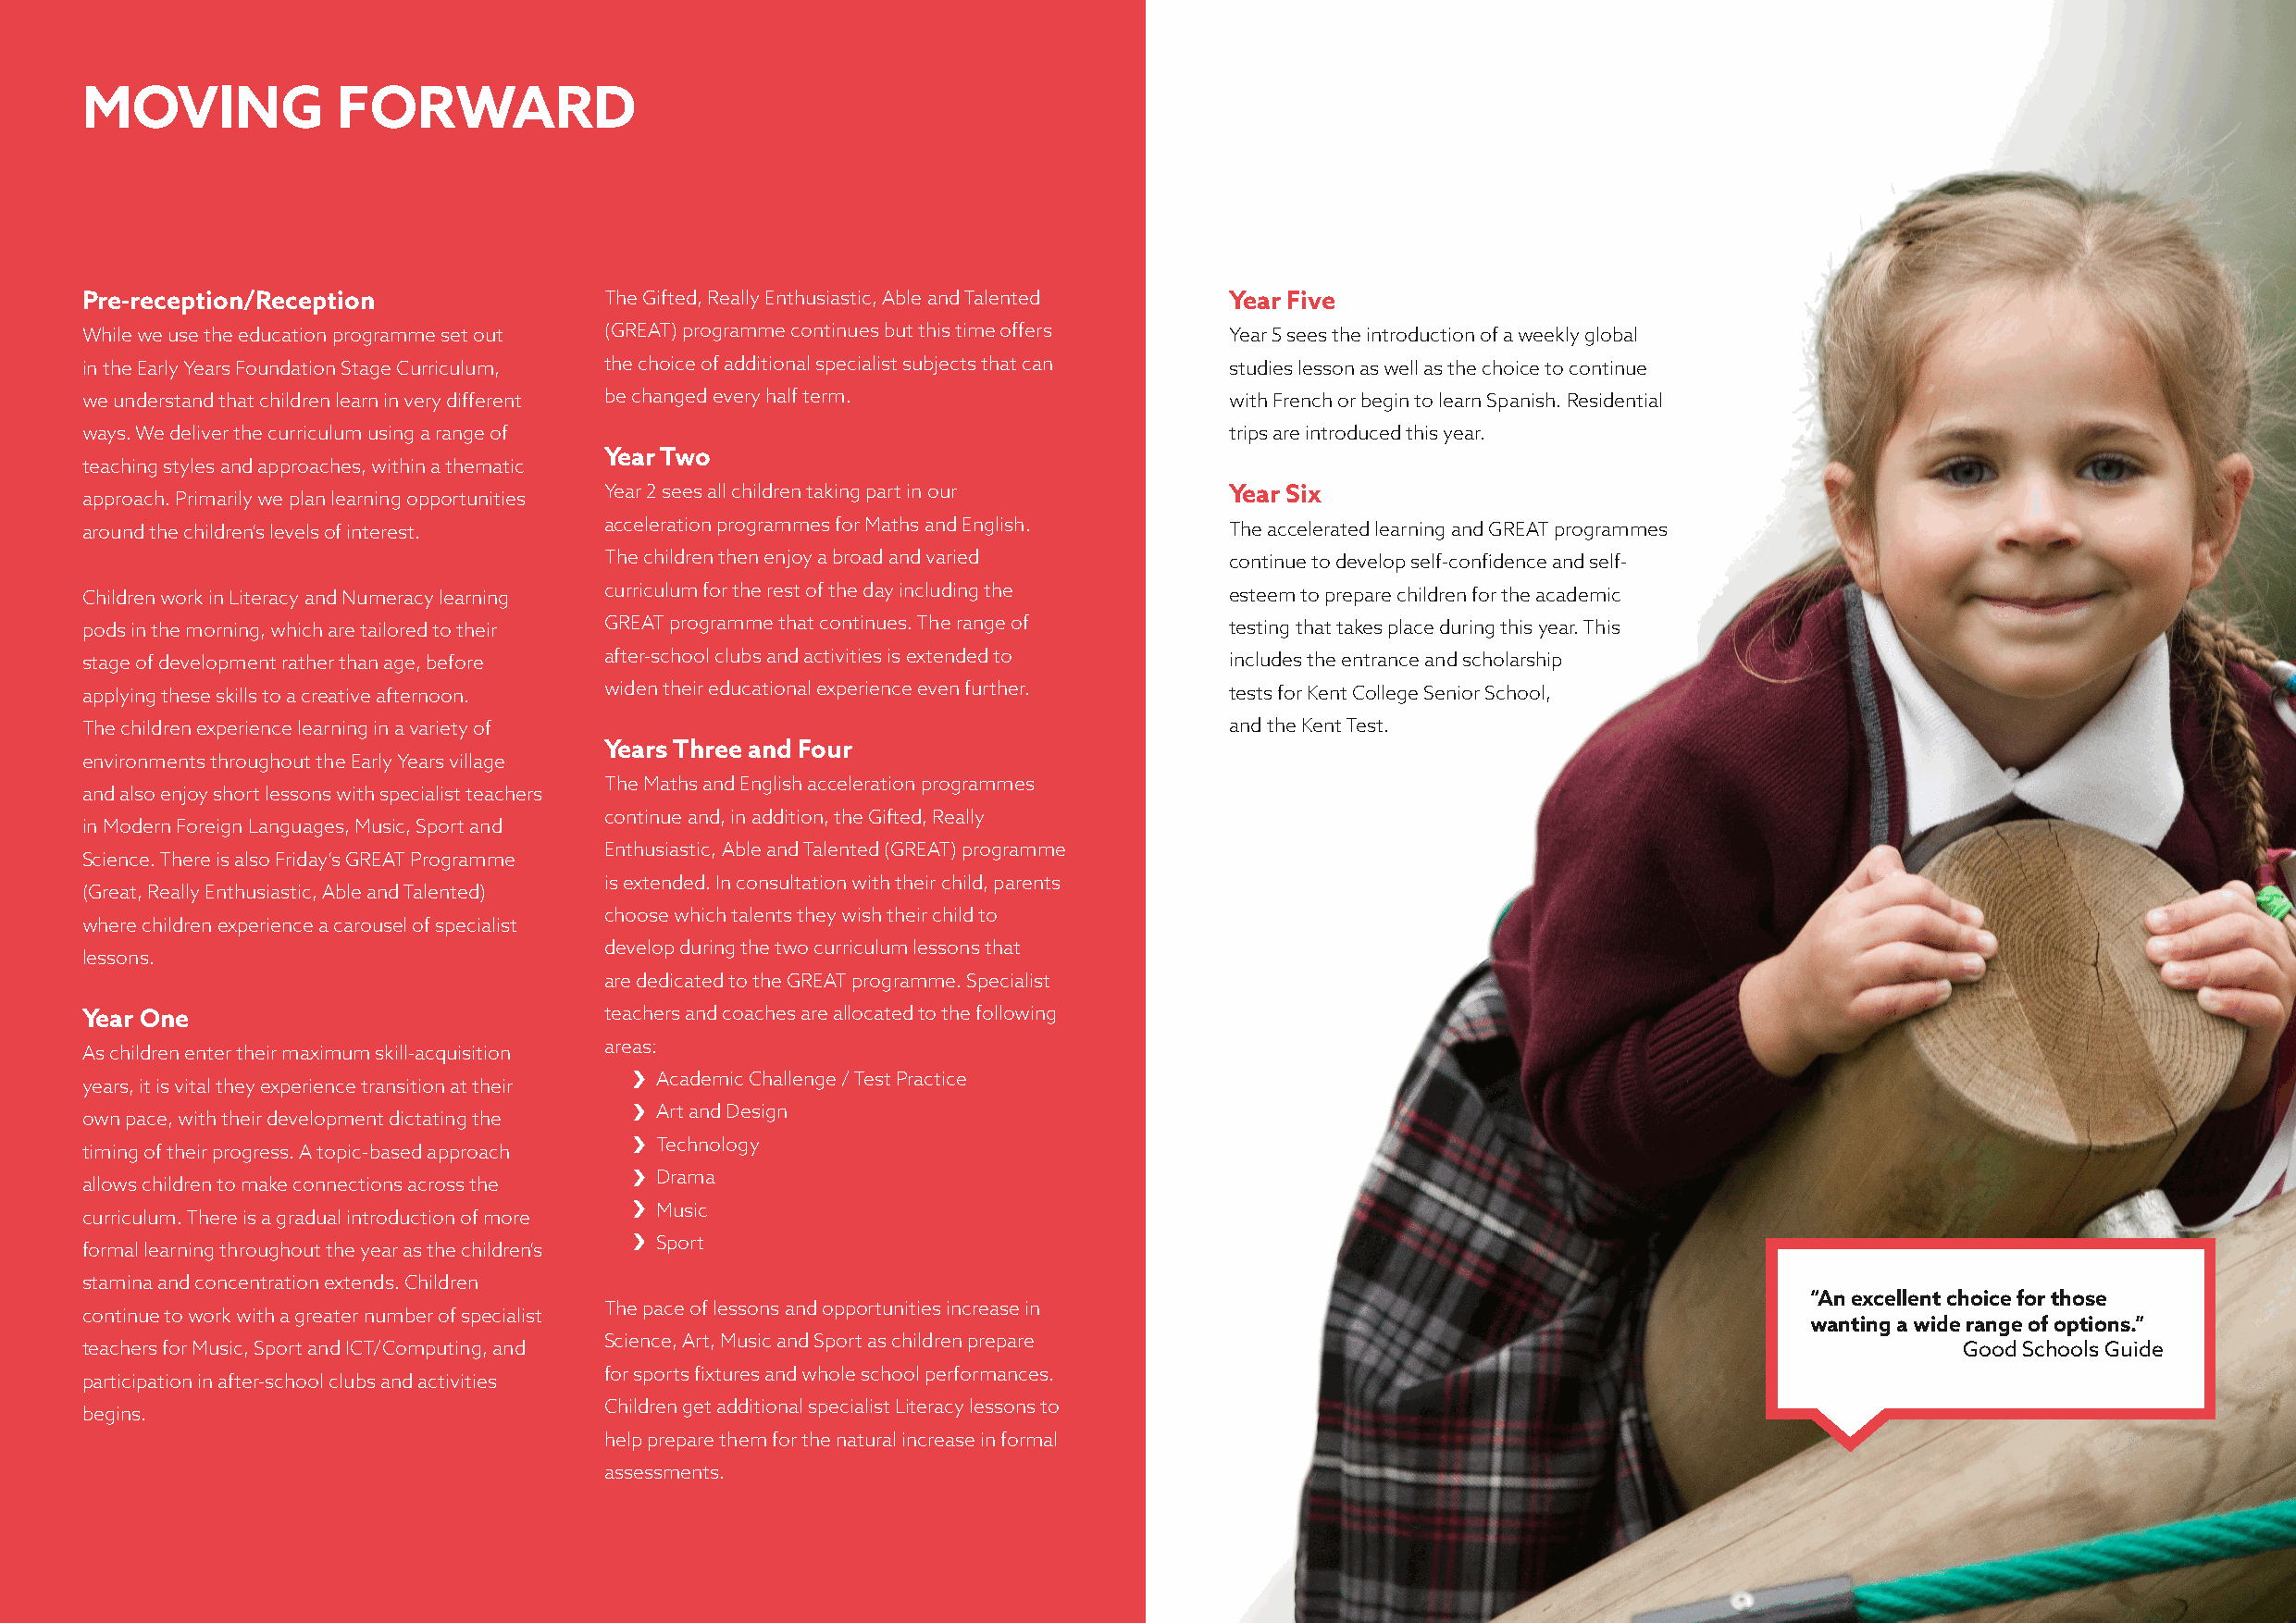
MOVING            FORWARD
 Pre-reception/Reception              The Gifted, Really Enthusiastic, Able and Talented Year Five
 While we use the education programme set out (GREAT) programme continues but this time offers Year 5 sees the introduction of a weekly global
 in the Early Years Foundation Stage Curriculum, the choice of additional specialist subjects that can studies lesson as well as the choice to continue
 we understand that children learn in very different be changed every half term.   with French or begin to learn Spanish. Residential
 ways. We deliver the curriculum using a range of                                  trips are introduced this year.
 Year Two
 teaching styles and approaches, within a thematic
 Year 2 sees all children taking part in our  Year Six
 approach. Primarily we plan learning opportunities
 around the children’s levels of interest. acceleration programmes for Maths and English. The accelerated learning and GREAT programmes
 The children then enjoy a broad and varied   continue to develop self-confidence and self-
 Children work in Literacy and Numeracy learning curriculum for the rest of the day including the esteem to prepare children for the academic
 pods in the morning, which are tailored to their GREAT programme that continues. The range of testing that takes place during this year. This
 stage of development rather than age, before after-school clubs and activities is extended to includes the entrance and scholarship
 applying these skills to a creative afternoon. widen their educational experience even further. tests for Kent College Senior School,
 The children experience learning in a variety of                                  and the Kent Test.
 Years Three and Four
 environments throughout the Early Years village
 The Maths and English acceleration programmes
 and also enjoy short lessons with specialist teachers
 continue and, in addition, the Gifted, Really
 in Modern Foreign Languages, Music, Sport and
 Enthusiastic, Able and Talented (GREAT) programme
 Science. There is also Friday’s GREAT Programme
 is extended. In consultation with their child, parents
 (Great, Really Enthusiastic, Able and Talented)
 choose which talents they wish their child to
 where children experience a carousel of specialist
 develop during the two curriculum lessons that
 lessons.
 are dedicated to the GREAT programme. Specialist
 Year One                             teachers and coaches are allocated to the following
 areas:
 As children enter their maximum skill-acquisition
 Academic Challenge / Test Practice
 years, it is vital they experience transition at their
 Art and Design
 own pace, with their development dictating the
 Technology
 timing of their progress. A topic-based approach
 Drama
 allows children to make connections across the
 Music
 curriculum. There is a gradual introduction of more
 Sport
 formal learning throughout the year as the children’s
 stamina and concentration extends. Children
 “An excellent choice for those
 The pace of lessons and opportunities increase in
 continue to work with a greater number of specialist
 wanting a wide range of options.”
 Science, Art, Music and Sport as children prepare
 teachers for Music, Sport and ICT/Computing, and                                                                                      Good Schools Guide
 for sports fixtures and whole school performances.
 participation in after-school clubs and activities
 Children get additional specialist Literacy lessons to
 begins.
 help prepare them for the natural increase in formal
 assessments.